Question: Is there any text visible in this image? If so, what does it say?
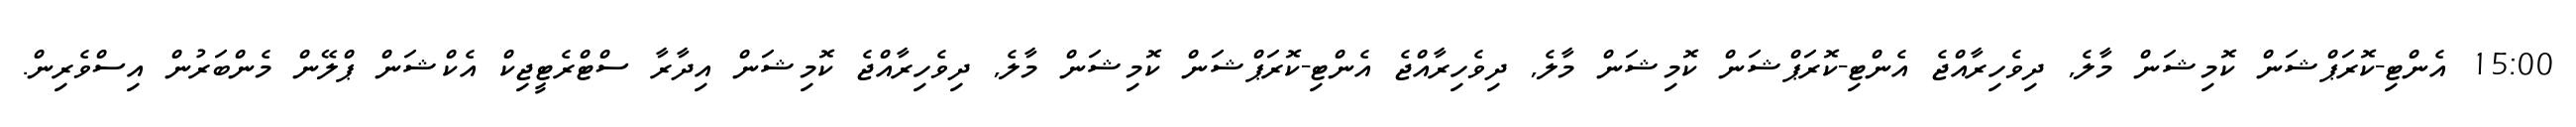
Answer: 15:00 އެންޓި-ކޮރަޕްޝަން ކޮމިޝަން މާލެ, ދިވެހިރާއްޖެ އެންޓި-ކޮރަޕްޝަން ކޮމިޝަން މާލެ, ދިވެހިރާއްޖެ އެންޓި-ކޮރަޕްޝަން ކޮމިޝަން މާލެ, ދިވެހިރާއްޖެ ކޮމިޝަން އިދާރާ ސްޓްރެޓީޖިކް އެކްޝަން ޕްލޭން މެންބަރުން އިސްވެރިން.